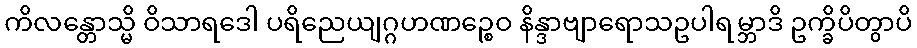
ကိလန္တောသ္မိ ဝိသာရဒေါ ပရိညေယျဂ္ဂဟဏဉ္စေဝ နိန္ဒာဗျာရောသဥပါရမ္ဘာဒိ ဥက္ခိပိတွာပိ